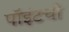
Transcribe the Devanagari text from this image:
पॉइंटची